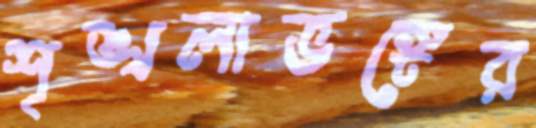
শৃঙ্খলাভঙ্গের